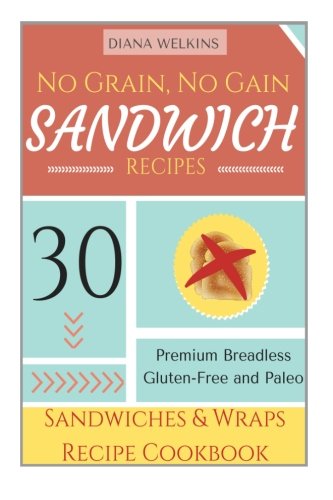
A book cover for No Grain, No Gain Sandwich Recipes: 30 Premium Breadless Gluten-Free and Paleo Sandwiches and Wraps Recipe Cookbook; Diana Welkins; Cookbooks, Food & Wine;